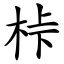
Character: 桛